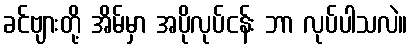
ခင်ဗျားတို့ အိမ်မှာ အပိုလုပ်ငန်း ဘာ လုပ်ပါသလဲ။